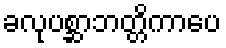
ခလုပစ္ဆာဘတ္တိကာပေ